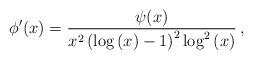
LaTeX: \begin{align*} \phi'(x) = \dfrac{\psi(x)}{x^2\left(\log\left(x\right)-1\right)^2\log^2\left(x\right)} \, , \end{align*}